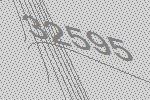
32595